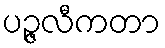
ပဉ္ဇလီကတာ